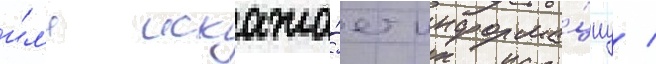
и́л'и искажа́ет информа́циу /